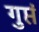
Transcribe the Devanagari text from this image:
गुप्तं